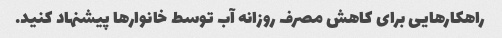
راهکارهایی برای کاهش مصرف روزانه آب توسط خانوارها پیشنهاد کنید.